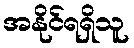
အနိုင်ရရှိသူ